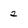
Character: 2